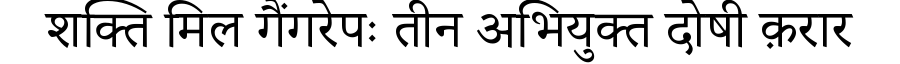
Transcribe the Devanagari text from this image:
शक्ति मिल गैंगरेपः तीन अभियुक्त दोषी क़रार